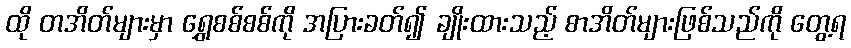
ထို တအိတ်များမှာ ရွှေစစ်စစ်ကို အပြားခတ်၍ ချိုးထားသည့် စာအိတ်များဖြစ်သည်ကို တွေ့ရ